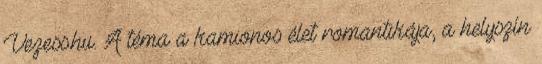
Vezess.hu. A téma a kamionos élet romantikája, a helyszín